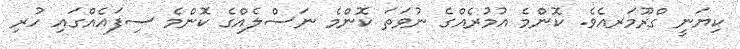
ކިޔަނީ ގްރޫމަރއެވެ. ކޮންމެ އުމުރެއްގެ ނުވަތަ ކޮންމެ ނަސްލެއްގެ ކޮންމެ ސިފައެއްގައި ހުރި